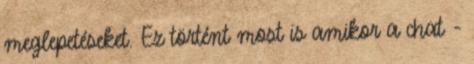
meglepetéseket. Ez történt most is amikor a chat -